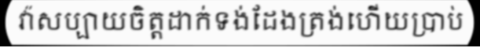
វ៉ាសប្បាយចិត្តដាក់ទង់ដែងត្រង់ហើយប្រាប់